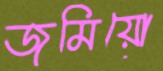
জমিয়ো